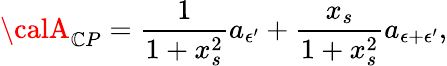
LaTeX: {\calA}_{\mathbb{C}P}=\frac{{1}}{{1+x_{s}^{2}}}a_{{\epsilon}^{\prime}}+\frac{{x_{s}}}{{1+x_{s}^{2}}}a_{{\epsilon}+{\epsilon}^{\prime}},